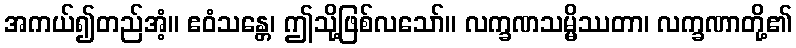
အကယ်၍တည်အံ့။ ဧဝံသန္တေ၊ ဤသို့ဖြစ်လသော်။ လက္ခဏသမ္မိဿတာ၊ လက္ခဏာတို့၏